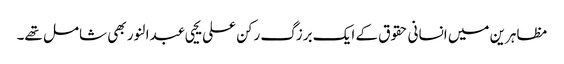
مظاہرین میں انسانی حقوق کے ایک برزگ رکن علی یحیی عبدالنور بھی شامل تھے۔